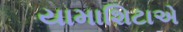
યામાશિટાએ